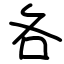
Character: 各